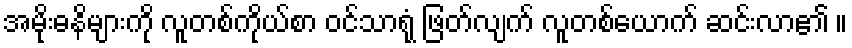
အမိုးဓနိများကို လူတစ်ကိုယ်စာ ဝင်သာရုံ ဖြတ်လျက် လူတစ်ယောက် ဆင်းလာ၏ ။